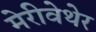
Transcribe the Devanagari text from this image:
मेरीवेथेर